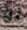
لو